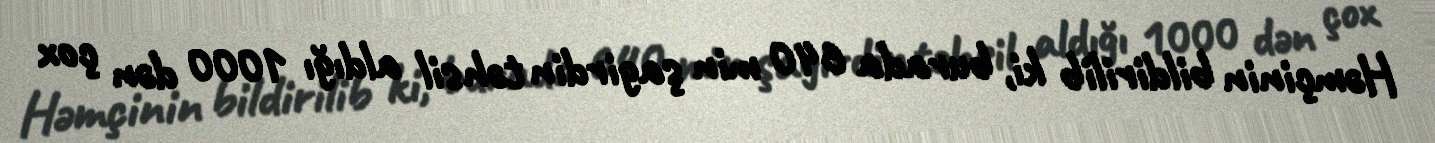
Həmçinin bildirilib ki, burada 640 min şagirdin təhsil aldığı 1000 dən çox